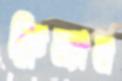
ফ্রিম্যান